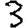
Digit: 3